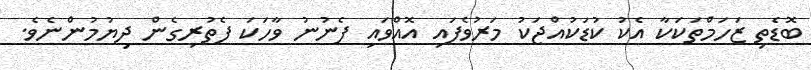
ބޮޑެތި ޒަހަމްތަކަކާ އެކު ކުޑަކުއްޖަކު މަރުވެފައި އޮއްވައި ފެނުނު ވާހަކަ ފެތުރިގެން ދިޔުމުންނެވެ.